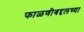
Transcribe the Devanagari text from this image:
फाळणीबद्दलच्या